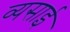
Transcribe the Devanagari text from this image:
व्यसाई